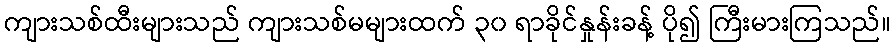
ကျားသစ်ထီးများသည် ကျားသစ်မများထက် ၃၀ ရာခိုင်နှုန်းခန့် ပို၍ ကြီးမားကြသည်။